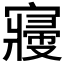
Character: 𡫒